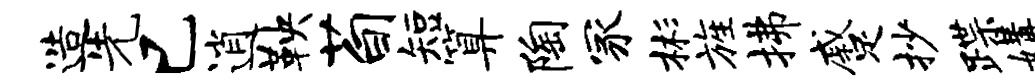
造先已逍鞅荀短算陶冢彬旌拂蹙抄蹀媾